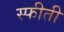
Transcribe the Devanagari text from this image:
स्फीती